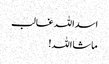
اسداللہ غالب
ماشااللہ!